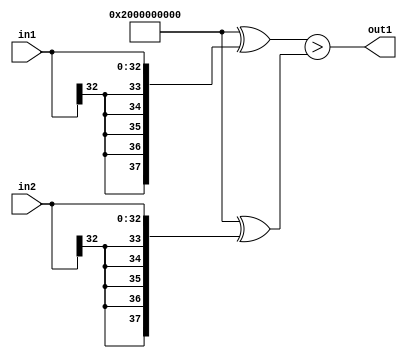
`timescale 1ps / 1ps
/*****************************************************************************
    Verilog RTL Description
    
    
    Created by: Stratus DpOpt 2019.1.01 
*******************************************************************************/

module dut_LessThan_33Sx33S_1U_1 (
	in2,
	in1,
	out1
	); /* architecture "behavioural" */ 
input [32:0] in2,
	in1;
output  out1;
wire  asc001;

assign asc001 = ((38'B10000000000000000000000000000000000000 ^ {{5{in1[32]}}, in1})>(38'B10000000000000000000000000000000000000
    ^ {{5{in2[32]}}, in2}));

assign out1 = asc001;
endmodule

/* CADENCE  uLL4Sgk= : u9/ySgnWtBlWxVPRXgAZ4Og= ** DO NOT EDIT THIS LINE ******/